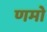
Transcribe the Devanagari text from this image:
णमो